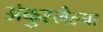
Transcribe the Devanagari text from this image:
अंकुरलेल्या